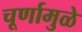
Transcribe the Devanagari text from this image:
चूर्णामुळे